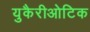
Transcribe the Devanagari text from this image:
युकैरीओटिक